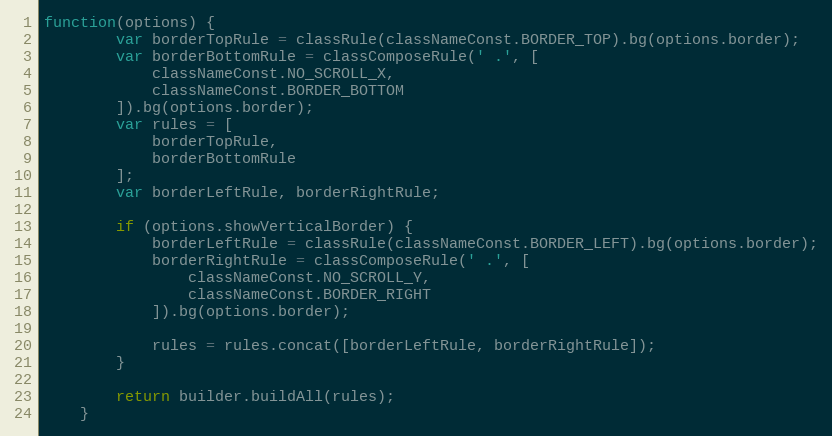
Language: JavaScript
function(options) {
        var borderTopRule = classRule(classNameConst.BORDER_TOP).bg(options.border);
        var borderBottomRule = classComposeRule(' .', [
            classNameConst.NO_SCROLL_X,
            classNameConst.BORDER_BOTTOM
        ]).bg(options.border);
        var rules = [
            borderTopRule,
            borderBottomRule
        ];
        var borderLeftRule, borderRightRule;

        if (options.showVerticalBorder) {
            borderLeftRule = classRule(classNameConst.BORDER_LEFT).bg(options.border);
            borderRightRule = classComposeRule(' .', [
                classNameConst.NO_SCROLL_Y,
                classNameConst.BORDER_RIGHT
            ]).bg(options.border);

            rules = rules.concat([borderLeftRule, borderRightRule]);
        }

        return builder.buildAll(rules);
    }